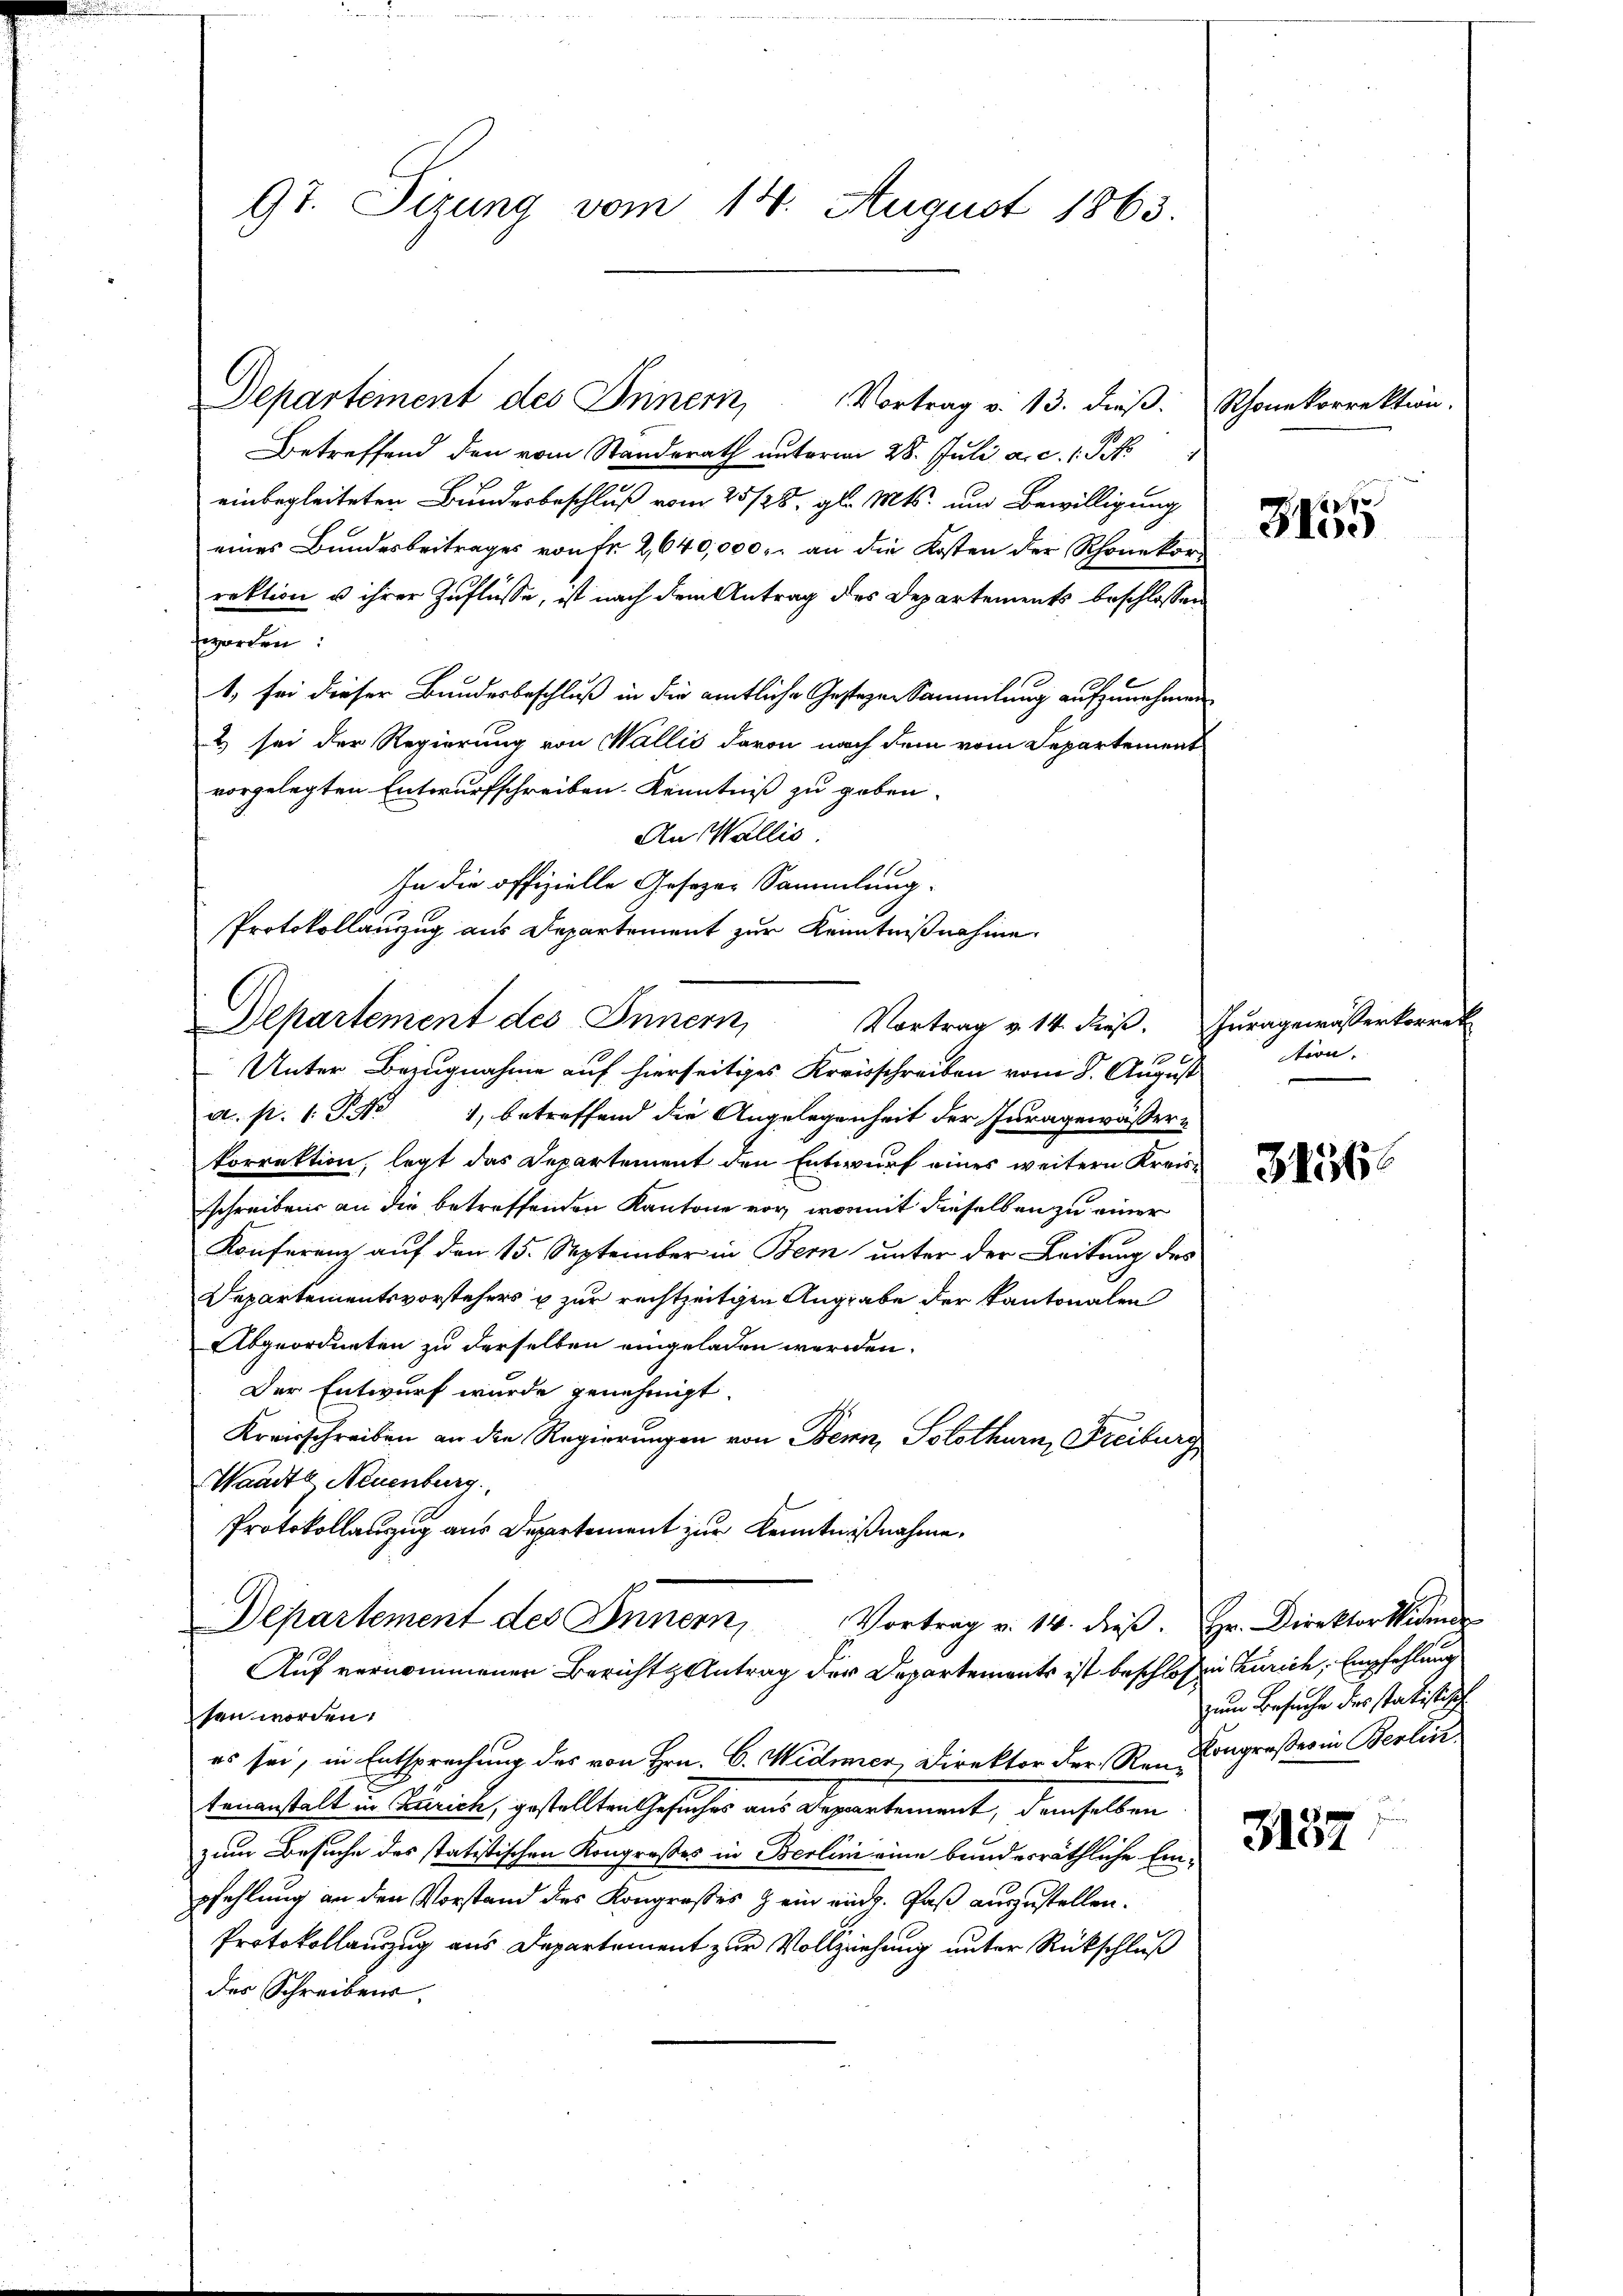
97. Sizung vom 14. August 1863.

Departement des Innern,
Vortrag v. 14. dieß. Zuragewässerkorrek

Departement des Innern, Vortrag v. 13. dieβ. Schonekorrektion.
Betreffend den vom Standerath unterm 28. Juli a. c. 1 Pkt.
einbegleiteten Bundesbeschluß vom 25/28. gl. Mts. und Bewilligung
eines Bundesbeitrages von fr. 2640,000. an die Kosten der Rhonekor-
rektion u ihrer Zuflüsse, ist nach dem Antrag des Departements beschlossen
worden:
1, sei dieser Bundesbeschluß in die amtliche Gestagen Sammlung aufzunehmen
2) sei der Regierung von Wallis davon nach dem vom Departement
vorgelegten Entwurfschreiben. Kenntniß zu geben.
An Wallis
In die offizielle Gesetzer Sammlung.
Protokollauszug aus Departement zur Kenntnißnahme.

Unter Bezugnahme auf hierseitiges Kreisschreiben vom 8. August
a. p. 1. No 1, betreffend die Angelegenheit der Juragewässer-
korrektion, legt das Departement den Entwurf eines weitern Kreisschreiben an die betreffenden Kantone vor, womit dieselben zu einer
Konferenz auf den 15. September in Bern unter der Leitung des
Departementsvorstehers u zur rechtzeitigen Angrabe der Kantonalen
Abgeordneten zu derselben eingeladen werden.
Der Entwurf wurde genehmigt.
Kreisschreiben an die Regierungen von Bern, Solothurn, Freiburg
Waadte Neuenburg
Protokollanzug aus Departement zur Kenntnißnahme.
Departement des Innern,
Vortrag v. 14. die. Hr. Direktoraliten
Auf vernommenen Berichts Antrag der Departements ist beschlossen Zürich, Empfehlung
ten worden.
es sei, in Entsprechung des von Hrn. C. Widmer, Direktor der Reue Kongroßer in Berlin
tenanstalt in Curich, gestellten Gesucher aus Departement, demselben
18 x
zum Besuche des statistischen Kongresses in Berlini eine bundesräthliche Einpfehlung an den Vorstand des Kongrosses & ein eing. Paß auszustellen.
Protokollauszug aus Departement zur Vollziehung unter Rückschluß
des Schreibens

dischen

f
3100

tion.

3156

zum Besuche des statistisch

3152